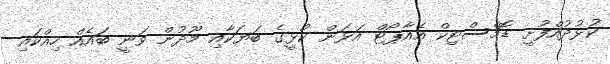
ކުޅުދުއްފުށީ ޑޮމެސްޓިކް އެއާޕޯޓް އަޅަން ކުޅީގެ ބަޔަކާއި މޫދުން ވަނީ ބައެއް ހިއްކައި